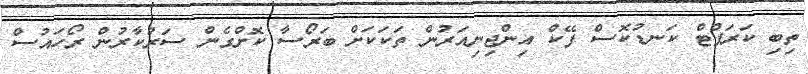
ތިބި ކަރަޕްޓް ކަނޑުކޮސް ފޭކް އިންޖިނިއަރުން ތަކަކަށް ބަރޯސާ ކޮށްގެން ސަރުކާރުން ރޯހައުސް